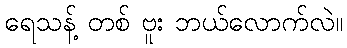
ရေသန့် တစ် ဗူး ဘယ်လောက်လဲ။